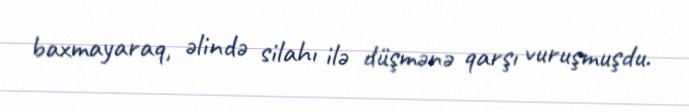
baxmayaraq, əlində silahı ilə düşmənə qarşı vuruşmuşdu.